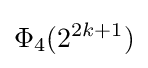
\Phi _{4}(2^{2k+1})